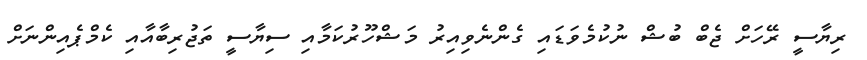
ރިޔާސީ ރޭހަށް ޖެބް ބުޝް ނުކުމެވަޑައި ގެންނެވިއިރު މަޝްހޫރުކަމާއި ސިޔާސީ ތަޖުރިބާއާއި ކެމްޕެއިންނަށް